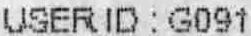
USER ID : G091